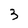
Character: 3